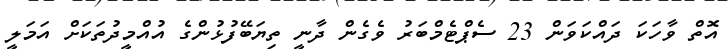
އޮތް ވާހަކަ ދައްކަވަން 23 ސެޕްޓެމްބަރު ވެގެން ދާނީ ތިޔަބޭފުޅުންގެ އުއްމީދުތަކަށް އަމަލީ